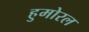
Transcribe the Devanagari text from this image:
हुमोरल